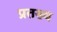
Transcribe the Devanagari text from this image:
प्रतख्य